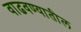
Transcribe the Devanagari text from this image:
वाढवण्यातील